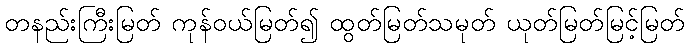
တနည်းကြီးမြတ် ကုန်ဝယ်မြတ်၍ ထွတ်မြတ်သမုတ် ယုတ်မြတ်မြင့်မြတ်